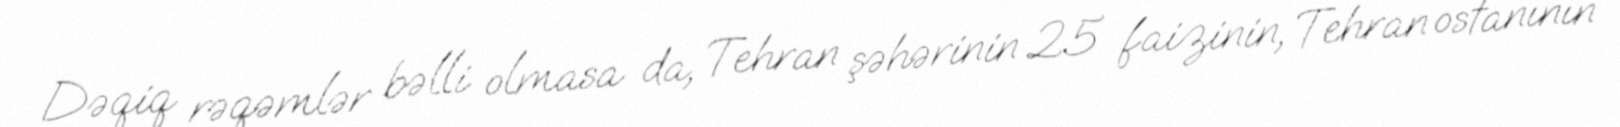
Dəqiq rəqəmlər bəlli olmasa da, Tehran şəhərinin 25 faizinin, Tehran ostanının